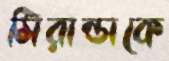
মিরান্ডাকে